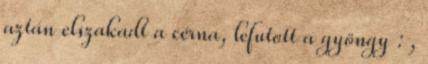
aztán elszakadt a cérna, lefutott a gyöngy : ,